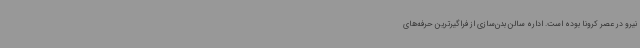
نیرو در عصر کرونا بوده است. اداره سالن بدن‌سازی از فراگیرترین حرفه‌های